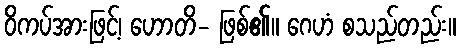
ဝိကပ်အားဖြင့်၊ ဟောတိ- ဖြစ်၏။ ဂေဟံ စသည်တည်း။